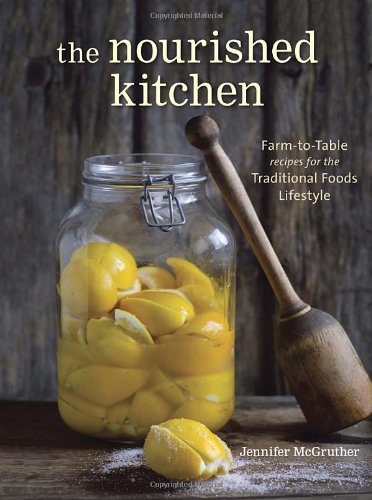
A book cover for The Nourished Kitchen: Farm-to-Table Recipes for the Traditional Foods Lifestyle Featuring Bone Broths, Fermented Vegetables, Grass-Fed Meats, Wholesome Fats, Raw Dairy, and Kombuchas; Jennifer McGruther; Cookbooks, Food & Wine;